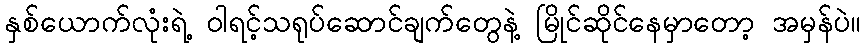
နှစ်ယောက်လုံးရဲ့ ဝါရင့်သရုပ်ဆောင်ချက်တွေနဲ့ မြိုင်ဆိုင်နေမှာတော့ အမှန်ပဲ။